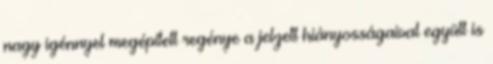
nagy igénnyel megépített regénye a jelzett hiányosságaival együtt is